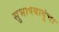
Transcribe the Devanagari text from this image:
सुभाषबाबूंचा